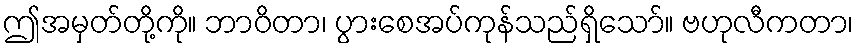
ဤအမှတ်တို့ကို။ ဘာဝိတာ၊ ပွားစေအပ်ကုန်သည်ရှိသော်။ ဗဟုလီကတာ၊